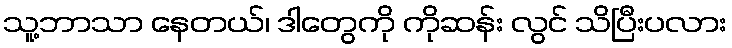
သူ့ဘာသာ နေတယ်၊ ဒါတွေကို ကိုဆန်း လွင် သိပြီးပလား